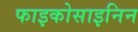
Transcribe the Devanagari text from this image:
फाइकोसाइनिन